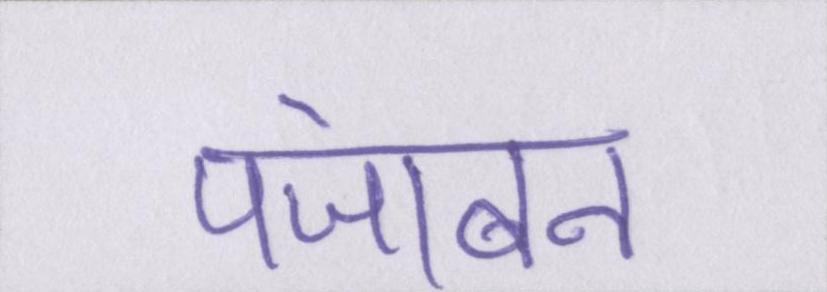
पंजाबन